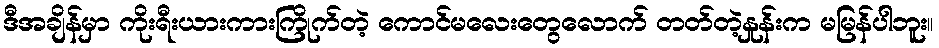
ဒီအချိန်မှာ ကိုးရီးယားကားကြိုက်တဲ့ ကောင်မလေးတွေလောက် တတ်တဲ့နှုန်းက မမြန်ပါဘူး။